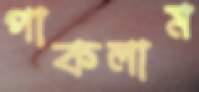
পাকলাম